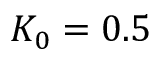
K _ { 0 } = 0 . 5